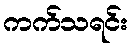
ကက်သရင်း